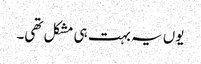
یوں یہ بہت ہی مشکل تھی۔